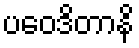
ပဝေဒိတာနိ